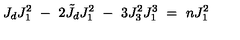
J _ { d } J _ { 1 } ^ { 2 } \ - \ 2 \tilde { J } _ { d } J _ { 1 } ^ { 2 } \ - \ 3 J _ { 3 } ^ { 2 } J _ { 1 } ^ { 3 } \ = \ n J _ { 1 } ^ { 2 }